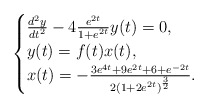
\begin{align*}\begin{cases}\frac{d^2y}{d t^2}-4 \frac{e^{2t}}{1+e^{2t}}y(t)=0,\\y(t)=f(t)x(t),\\x(t)= -\frac{3e^{4t}+9e^{2t}+6+e^{-2t}}{2(1+2e^{2t})^{\frac{3}{2}}}.\end{cases}\end{align*}